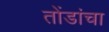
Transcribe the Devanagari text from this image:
तोंडांचा